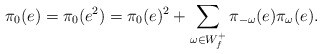
\begin{align*} \pi_0(e) = \pi_0(e^2) = \pi_0(e)^2 + \sum_{\omega\in W_f^+} \pi_{-\omega}(e)\pi_{\omega}(e) . \end{align*}